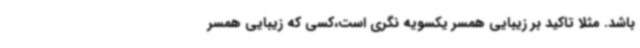
باشد. مثلا تاکید بر زیبایی همسر یکسویه نگری است،کسی که زیبایی همسر